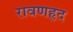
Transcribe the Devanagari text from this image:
रावणहृद